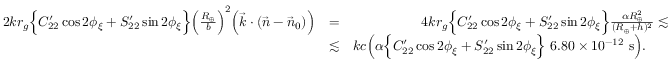
\begin{array} { r l r } { 2 k r _ { g } \Big \{ C _ { 2 2 } ^ { \prime } \cos 2 \phi _ { \xi } + S _ { 2 2 } ^ { \prime } \sin 2 \phi _ { \xi } \Big \} \Big ( \frac { R _ { \oplus } } { b } \Big ) ^ { 2 } \Big ( { \vec { k } } \cdot ( { \vec { n } } - { \vec { n } } _ { 0 } ) \Big ) } & { = } & { 4 k r _ { g } \Big \{ C _ { 2 2 } ^ { \prime } \cos 2 \phi _ { \xi } + S _ { 2 2 } ^ { \prime } \sin 2 \phi _ { \xi } \Big \} \frac { \alpha R _ { \oplus } ^ { 2 } } { ( R _ { \oplus } + h ) ^ { 2 } } \lesssim } \\ & { \lesssim } & { k c \Big ( \alpha \Big \{ C _ { 2 2 } ^ { \prime } \cos 2 \phi _ { \xi } + S _ { 2 2 } ^ { \prime } \sin 2 \phi _ { \xi } \Big \} ~ 6 . 8 0 \times 1 0 ^ { - 1 2 } ~ \mathrm { s } \Big ) . ~ ~ ~ ~ ~ } \end{array}